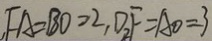
, F A = B O = 2 , D F = A O = 3